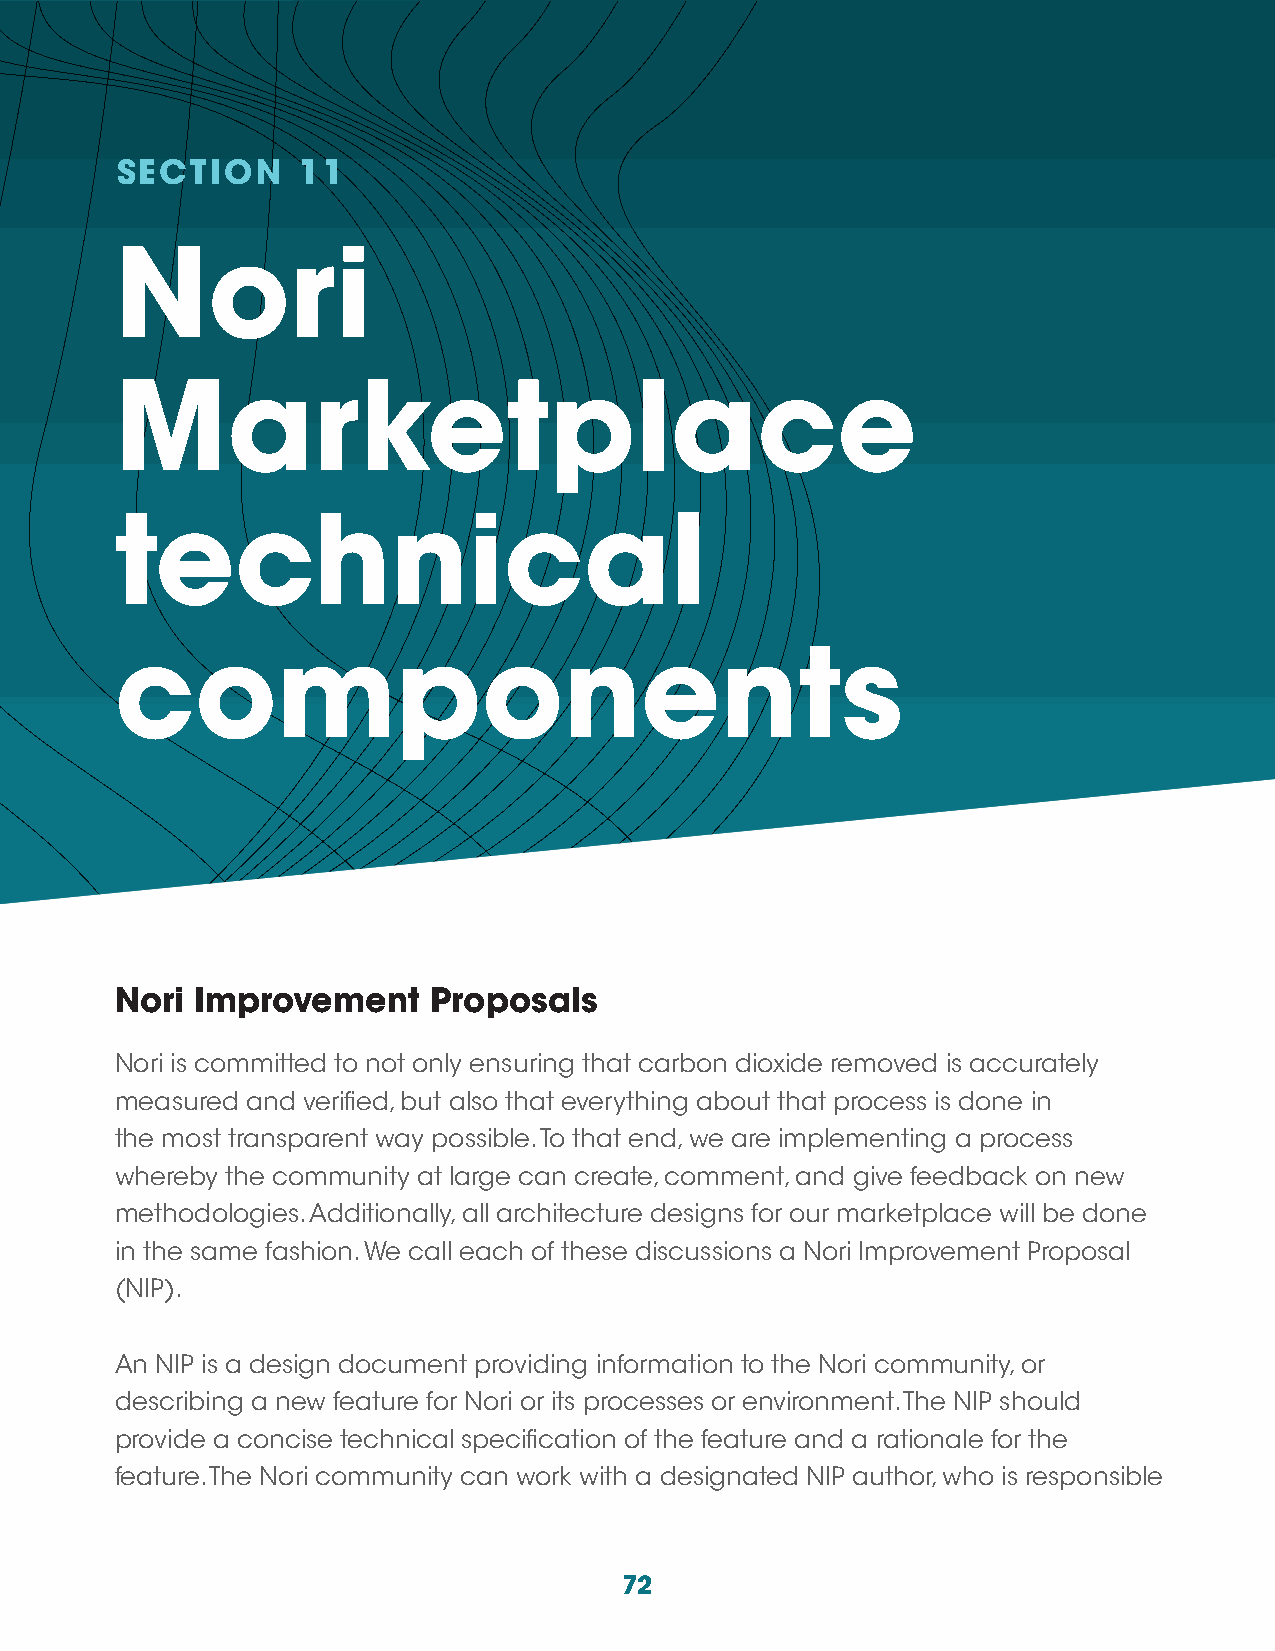
SECTION     11
 Nori
 Marketplace
 technical
 components
 Nori Improvement     Proposals
 Nori is committed to not only ensuring that carbon dioxide removed is accurately
 measured and verified, but also that everything about that process is done in
 the most transparent way possible. To that end, we are implementing a process
 whereby the community at large can create, comment, and give feedback on new
 methodologies. Additionally, all architecture designs for our marketplace will be done
 in the same fashion. We call each of these discussions a Nori Improvement Proposal
 (NIP).
 An NIP is a design document providing information to the Nori community, or
 describing a new feature for Nori or its processes or environment. The NIP should
 provide a concise technical specification of the feature and a rationale for the
 feature. The Nori community can work with a designated NIP author, who is responsible
 72